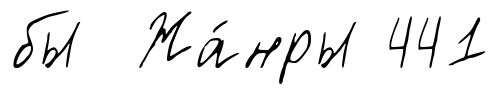
бы Жа́нры 441